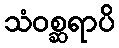
သံဝစ္ဆရာပိ